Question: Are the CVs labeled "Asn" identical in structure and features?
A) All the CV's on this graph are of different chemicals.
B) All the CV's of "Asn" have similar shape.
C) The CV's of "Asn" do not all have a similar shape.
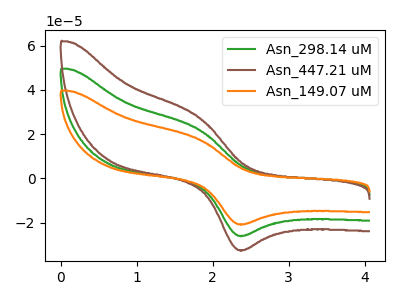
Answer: <think>The green curve "Asn_298.14 uM" has an anodic peak at (1.80V, 22.15uA) and a cathodic peak at (2.40V, -25.95uA). The brown curve "Asn_447.21 uM" has an anodic peak at (1.80V, 44.35uA) and a cathodic peak at (2.40V, -51.90uA). The orange curve "Asn_149.07 uM" has an anodic peak at (1.80V, 17.75uA) and a cathodic peak at (2.40V, -20.75uA).
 All the peaks in "Asn_298.14 uM" have a peak in "Asn_447.21 uM" at the same potential. Every peak in "Asn_298.14 uM" is lower than every peak in "Asn_447.21 uM". All the peaks in "Asn_298.14 uM" have a peak in "Asn_149.07 uM" at the same potential. Every peak in "Asn_298.14 uM" is higher than every peak in "Asn_149.07 uM". All the peaks in "Asn_447.21 uM" have a peak in "Asn_149.07 uM" at the same potential. Every peak in "Asn_447.21 uM" is higher than every peak in "Asn_149.07 uM".</think>
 <answer>B) All the CV's of "Asn" have similar shape.</answer>
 <eval>B</eval>